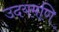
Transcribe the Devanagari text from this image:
उदयमणि